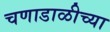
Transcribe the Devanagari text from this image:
चणाडाळीच्या